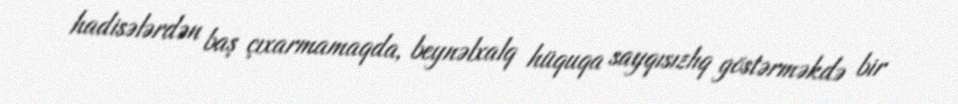
hadisələrdən baş çıxarmamaqda, beynəlxalq hüquqa sayqısızlıq göstərməkdə bir